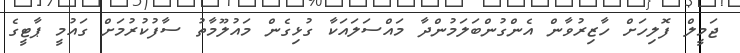
ޖަމީލް ފޮލިހަށް ހާޒިރުވާން އެންގުންބަލަމުންދާ މައްސަލައަކާ ގުޅިގެން މައުލޫމާތު ސާފުކުރުމަށް ގައުމީ ޕާޓީގެ